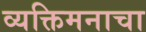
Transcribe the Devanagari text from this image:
व्यक्तिमनाचा